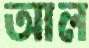
আল